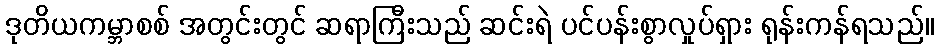
ဒုတိယကမ္ဘာစစ် အတွင်းတွင် ဆရာကြီးသည် ဆင်းရဲ ပင်ပန်းစွာလှုပ်ရှား ရုန်းကန်ရသည်။